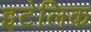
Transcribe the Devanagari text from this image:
इटेलिक